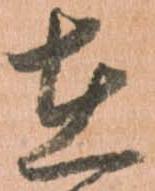
在